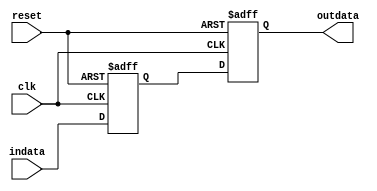
module doublesync(
	indata,
	outdata,
	clk,
	reset
);

input indata, clk, reset;
output outdata;

reg reg1, reg2;

always @(posedge clk or posedge reset)
begin
	 if (reset) begin
	 	reg1 <= 1'b0;
		reg2 <= 1'b0;
	 end

	 else begin
	 	reg1 <= indata;
		reg2 <= reg1;
	 end
end

assign outdata = reg2;

endmodule